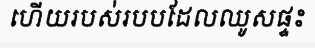
ហើយរបស់របបដែលឈូសផ្ទះ